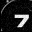
Digit: 7